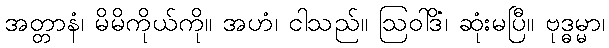
အတ္တာနံ၊ မိမိကိုယ်ကို။ အဟံ၊ ငါသည်။ ဩဝါဒိံ၊ ဆုံးမပြီ။ ဗုဒ္ဓမ္မာ၊